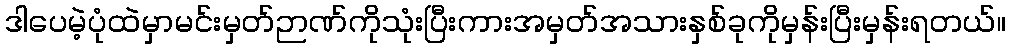
ဒါပေမဲ့ပုံထဲမှာမင်းမှတ်ဉာဏ်ကိုသုံးပြီးကားအမှတ်အသားနှစ်ခုကိုမှန်းပြီးမှန်းရတယ်။